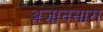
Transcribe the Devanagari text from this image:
अंजानसारा